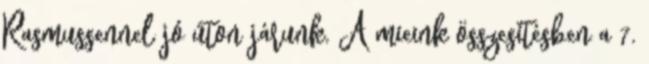
Rasmussennel jó úton járunk. A mieink összesítésben a 7.